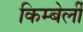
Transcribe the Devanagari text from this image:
किम्बेर्ली